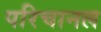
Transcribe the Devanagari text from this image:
परिचानल